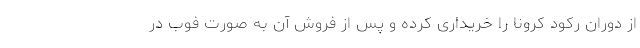
از دوران رکود کرونا را خریداری کرده و پس از فروش آن به صورت فوب در